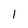
Character: l